Civil Veterinary Dept. Bombay admin report 1900-1906 - 1900-1906
Year: 1900
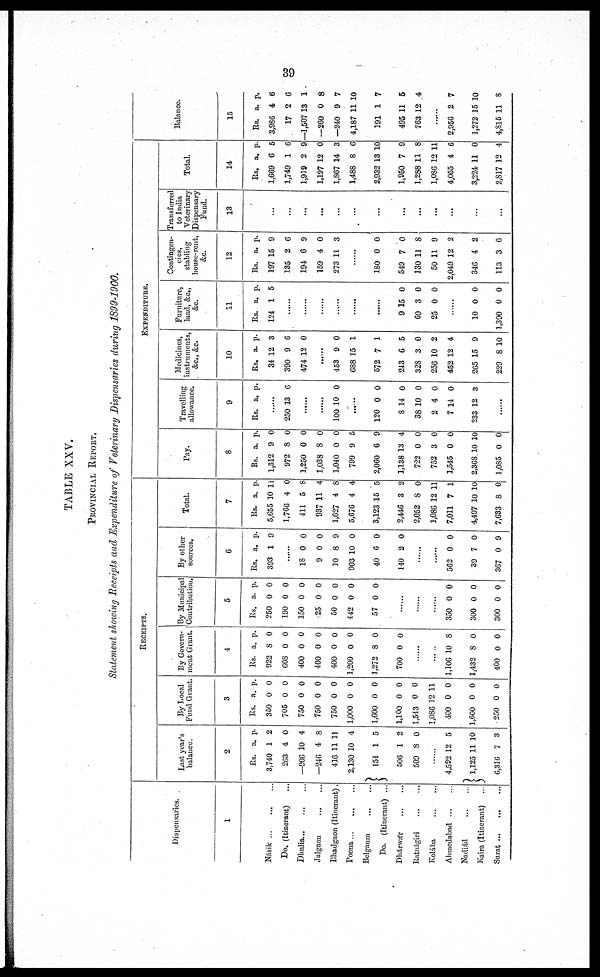
39
TABLE XXV,
PROVINCIAL REPORT.
Statement showing Receipts and Expenditure of Veterinary Dispensaries during 1899-1900.
Dispensaries.
1
Násik
...
...
...
Do. (Itinerant) ...
Dhulia...
...
...
Jalgaon
...
...
Bhadgaon (Itinerant).
Poona
...
...
...
Belgaum
...
...
Do. (Itinerant) ...
Dhárwár
...
...
Ratnágiri
...
...
Kolába ... ...
Ahmedabad ... ...
Nadiád
...
...
Kaira (Itinerant) ...
Surat
...
...
...
RECEIPTS.
Last year's
balance.
2
Rs.
3,740
2G3
—906
—246
416
2,130
154
506
509
a.
1
4
10
4
11 1
10
1
1
8
p.
2
0
4
8
1
4
5
2
0
......
4,592
1,125
6316
12
11 1
7
5
0
3
By Local
Fund Grant.
3
Rs.
350
705
750
750
750
1,000
1,600
1,100
1,543
1,086
400
1,600
250
a.
0
0
0
0
0
0
0
0
0
12
0
0
0
p.
0
0
0
0
0
0
0
0
0
11
0
0
0
By Govern¬
ment Grant.
4
Rs.
922
608
400
400
400
1,200
1,272
700
a.
8
0
0
0
0
0
8
0
p.
0
0
0
0
0
0
0
0
......
......
1,106
1,432
400
10
8
0
8
0
0
By Municipal
Contribution.
5
Rs.
250
190
150
25
50
442
57
a.
0
0
0
0
0
0
0
p.
0
0
0
0
0
0
0
......
......
......
350
300
300
0
0
0
0
0
0
By other
sources.
6
Rs.
393
......
18
9
10
903
40
140
a.
1
0
0
8
10
6
2
p.
9
0
0
9
0
0
0
......
......
562
39
367
0
7
0
0
0
9
Total.
7
Rs.
5,655
1,766
411
937
1,627
5,676
3,123
2,446
2,052
1,086
7,011
4,497
7,633
a.
10 11
4
5
11
4
4
15
3
8
12 1
7
10 1
8
p.
0
8
4
8
4
5
2
0
1
1
0
0
EXPENDITURE.
Pay.
8
Rs.
1,312
972
1,250
1,038
1,040
799
2,060
1,138
722
752
1,545
2,368
1,085
a.
9
8
0
8
0
9
6
13
0
3
0
10
0
p.
0
0
0
0
0
5
9
4
0
0
0
10
0
Travelling
allowance.
9
Rs. a, p.
.....
250 13 6
.....
.....
100 10 0
.....
120
8
38
2
7
233
0
14
10
4
14
12
0
0
0
0
0
3
.....
Medicines,
instruments,
&c., &c.
1
0
Rs.
34
390
474
a.
12
9
12
p.
3
6
0
.........
453
688
572
243
328
256
452
265
229
9
15
7
6
3
10
12
15
8
0
1
1
5
0
2
4
9
10
Furniture,
land,&c.,
&c.
1
1
Rs.
124
a.
1
p.
5
......
......
......
......
......
......
9
69
25
15
3
0
0
0
0
......
10
1,390
0
0
0
0
Contingen-
cies,
stabling
hous-rent
&c.
1
2
Rs.
197
135
194
159
273
......
180
549
130
50
2,049
346
113
a.
15
2
6
4
11
0
7
11
11
12
4
3
p.
9
6
9
0
3
0
0
8
9
2
2
6
Transferred
to India
Veterinary
Dispensary
Fund.
13
...
...
...
...
...
...
...
...
...
...
...
...
...
Total.
14
Rs.
1,669
1,749
1,939
1,197
1,867
1,488
2,932
1,950
1,288
1,086
4,055
3,224
2,817
a,
6
1
2
12
14
8
13
7
11
12
4
11
12
p.
5
6
9
0
3
6
10
9
8
11
6
0
4
Balance.
15
Rs.
3,986
17
—1,507
—260
—240
4,187
191
495
763
......
2,956
1,272
4,815
a.
4
2
13
0
9
11
1
11
12
2
15
11
p.
6
6
1
8
7
10
7
5
4
7
10
8